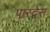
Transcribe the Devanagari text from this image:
पारदेस